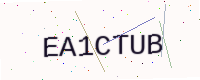
Text: EA1CTUB